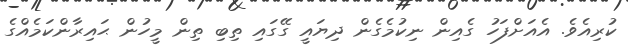
ކުރިއެވެ. އެއަށްފަހު ގެއިން ނިކުމެގެން ދިޔައީ ގޭގައި ތިބި ތިން މީހުން ޙައިރާންކަމެއްގެ